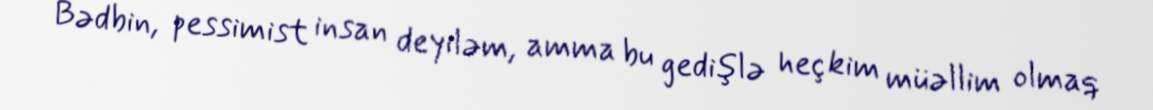
Bədbin, pessimist insan deyiləm, amma bu gedişlə heç kim müəllim olmaq